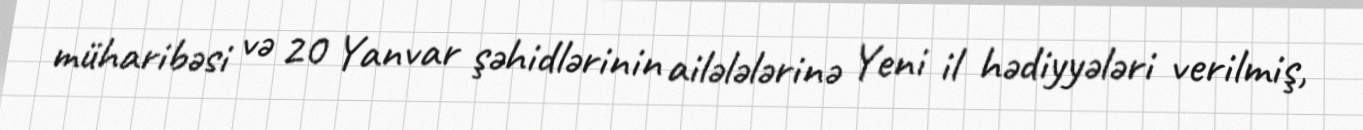
müharibəsi və 20 Yanvar şəhidlərinin ailələlərinə Yeni il hədiyyələri verilmiş,